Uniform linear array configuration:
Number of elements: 16
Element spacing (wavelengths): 0.5
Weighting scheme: kaiser
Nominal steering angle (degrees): -15
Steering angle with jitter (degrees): -14.822
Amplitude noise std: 0.05
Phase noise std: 0.05

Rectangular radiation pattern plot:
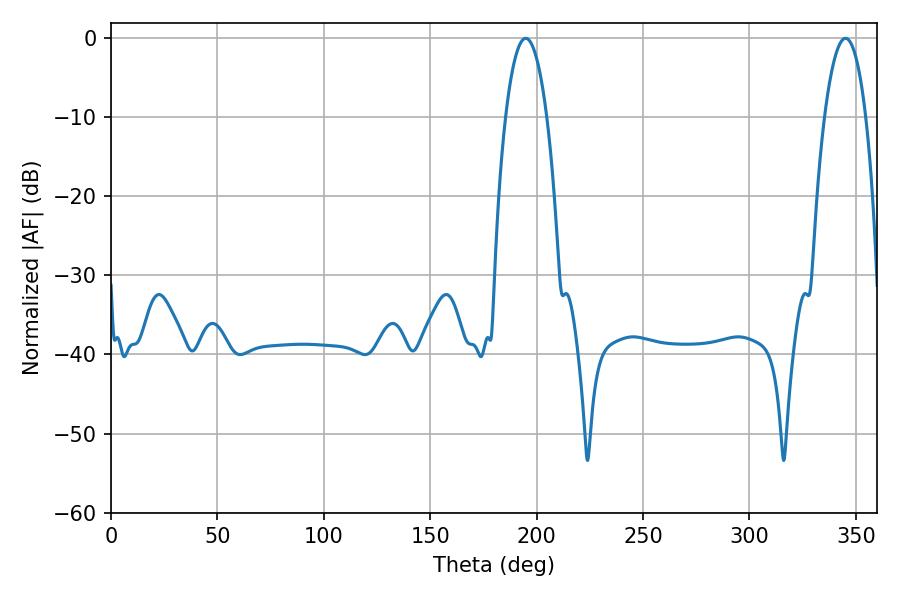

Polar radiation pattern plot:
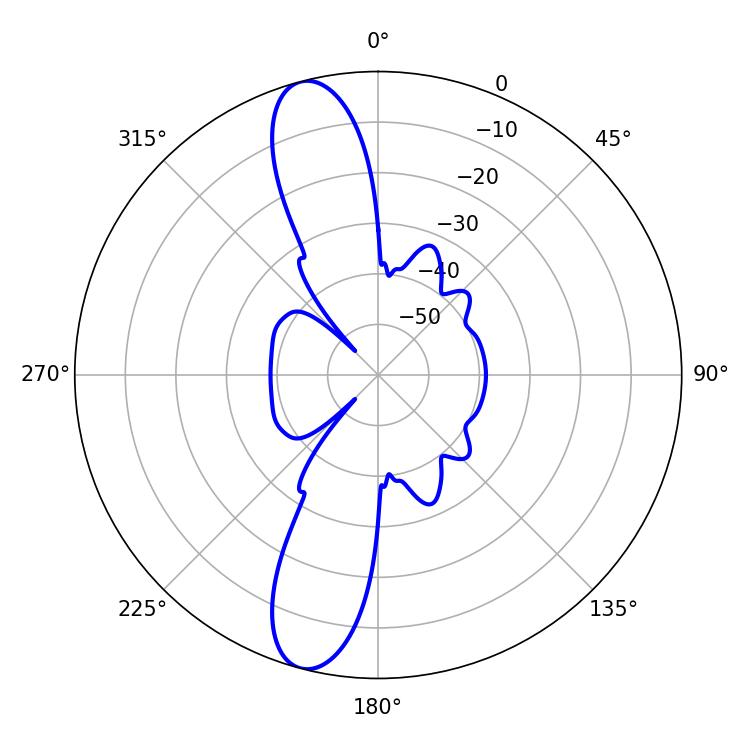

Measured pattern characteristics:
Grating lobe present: FALSE
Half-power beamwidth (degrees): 10.8
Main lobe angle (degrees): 194.94